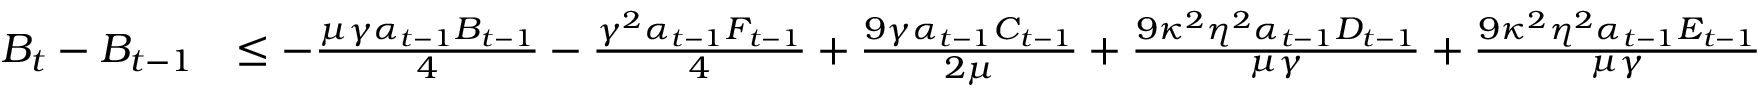
\begin{array} { r l } { B _ { t } - B _ { t - 1 } } & { \leq - \frac { \mu \gamma \alpha _ { t - 1 } B _ { t - 1 } } { 4 } - \frac { \gamma ^ { 2 } \alpha _ { t - 1 } F _ { t - 1 } } { 4 } + \frac { 9 \gamma \alpha _ { t - 1 } C _ { t - 1 } } { 2 \mu } + \frac { 9 \kappa ^ { 2 } \eta ^ { 2 } \alpha _ { t - 1 } D _ { t - 1 } } { \mu \gamma } + \frac { 9 \kappa ^ { 2 } \eta ^ { 2 } \alpha _ { t - 1 } E _ { t - 1 } } { \mu \gamma } } \end{array}